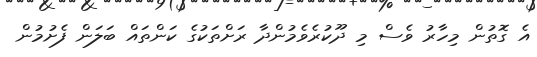
އެ ގޮތުން މިހާރު ވެސް މި ދޫކުރެވެމުންދާ ރަށްތަކުގެ ކަންތައް ބަލަން ފެށުމުން